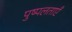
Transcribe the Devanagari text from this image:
पुष्पलताएँ